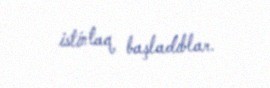
istintaq başladıblar.